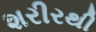
શરીરથી